Reports on dispensaries and lunatic asylums in the Province of Oudh - 1869-1876
Year: 1869
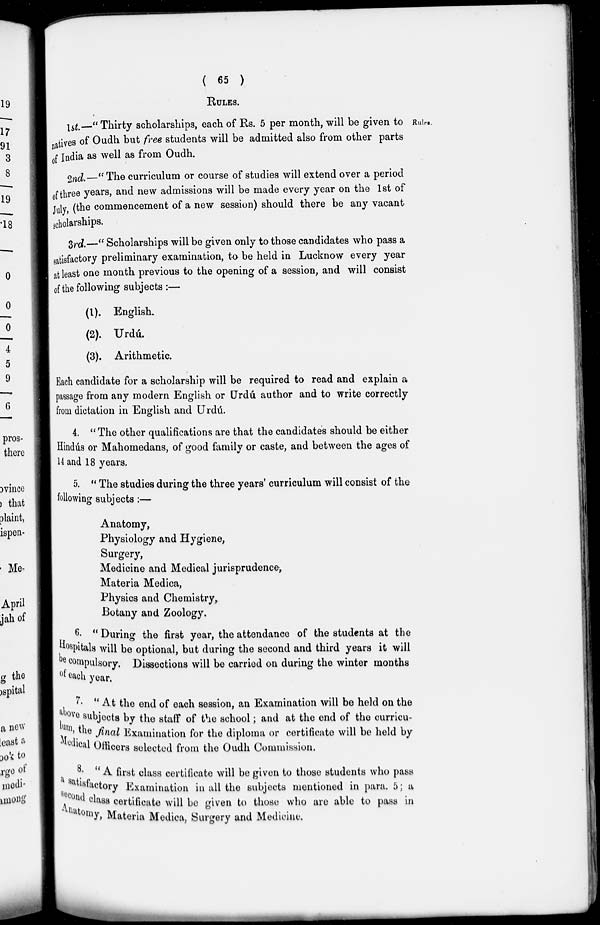
( 65 )
RULES.
Rules.
1st—" Thirty scholarships, each of Rs. 5 per month, will be given to
natives of Oudh but free students will be admitted also from other parts
of India as well as from Oudh.
2nd. —" The curriculum or course of studies will extend over a period
of three years, and new admissions will be made every year on the 1st of
July, (the commencement of a new session) should there be any vacant
scholarships.
3rd.—" Scholarships will be given only to those candidates who pass a
satisfactory preliminary examination, to be held in Lucknow every year
at least one month previous to the opening of a session, and will consist
of the following subjects :—
(1). English.
(2). Urdú.
(3). Arithmetic.
Each candidate for a scholarship will be required to read and explain a
passage from any modern English or Urdú author and to write correctly
from dictation in English and Urdú.
4. " The other qualifications are that the candidates should be either
Hindús or Mahomedans, of good family or caste, and between the ages of
14 and 18 years.
5. " The studies during the three years' curriculum will consist of the
following subjects:—
Anatomy,
Physiology and Hygiene,
Surgery,
Medicine and Medical jurisprudence,
Materia Medica,
Physics and Chemistry,
Botany and Zoology.
6. " During the first year, the attendance of the students at the
Hospitals will be optional, but during the second and third years it will
be compulsory. Dissections will be carried on during the winter months
of each year.
7. '' At the end of each session, an Examination will be held on the
above subjects by the staff of the school; and at the end of the curricu-
lum ,the final Examination for the diploma or certificate will be held by
Medical Officers selected from the Oudh Commission.
8. '' A first class certificate will be given to those students who pass
a satisfactory Examination in all the subjects mentioned in para. 5; a
second class certificate will be given to those who are able to pass in
Anatomy, Materia Medica, Surgery and Medicine.